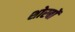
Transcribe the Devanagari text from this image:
शोरबों